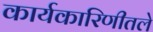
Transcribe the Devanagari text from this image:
कार्यकारिणीतले